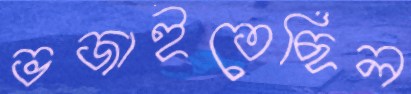
ভজাইতেছিল